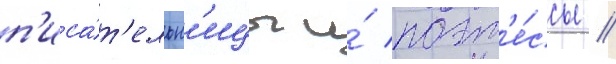
п'иса́т'ельн'ицы и́ поэт'е́ссы /